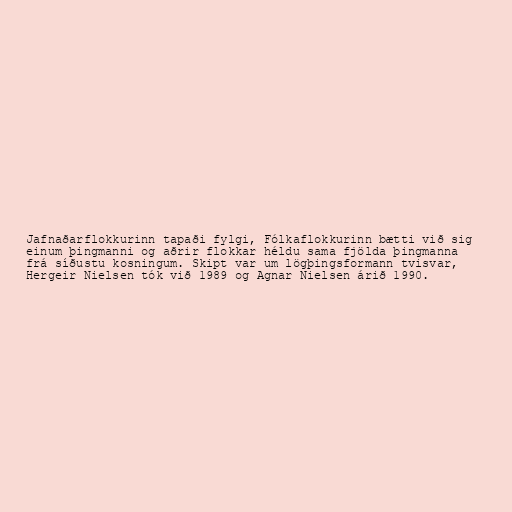
Jafnaðarflokkurinn tapaði fylgi, Fólkaflokkurinn bætti við sig
einum þingmanni og aðrir flokkar héldu sama fjölda þingmanna
frá síðustu kosningum. Skipt var um lögþingsformann tvisvar,
Hergeir Nielsen tók við 1989 og Agnar Nielsen árið 1990.